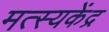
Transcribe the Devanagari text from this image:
मत्स्यकेंद्र